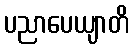
ပညာပေယျာတိ